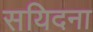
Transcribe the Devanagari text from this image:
सयिदना